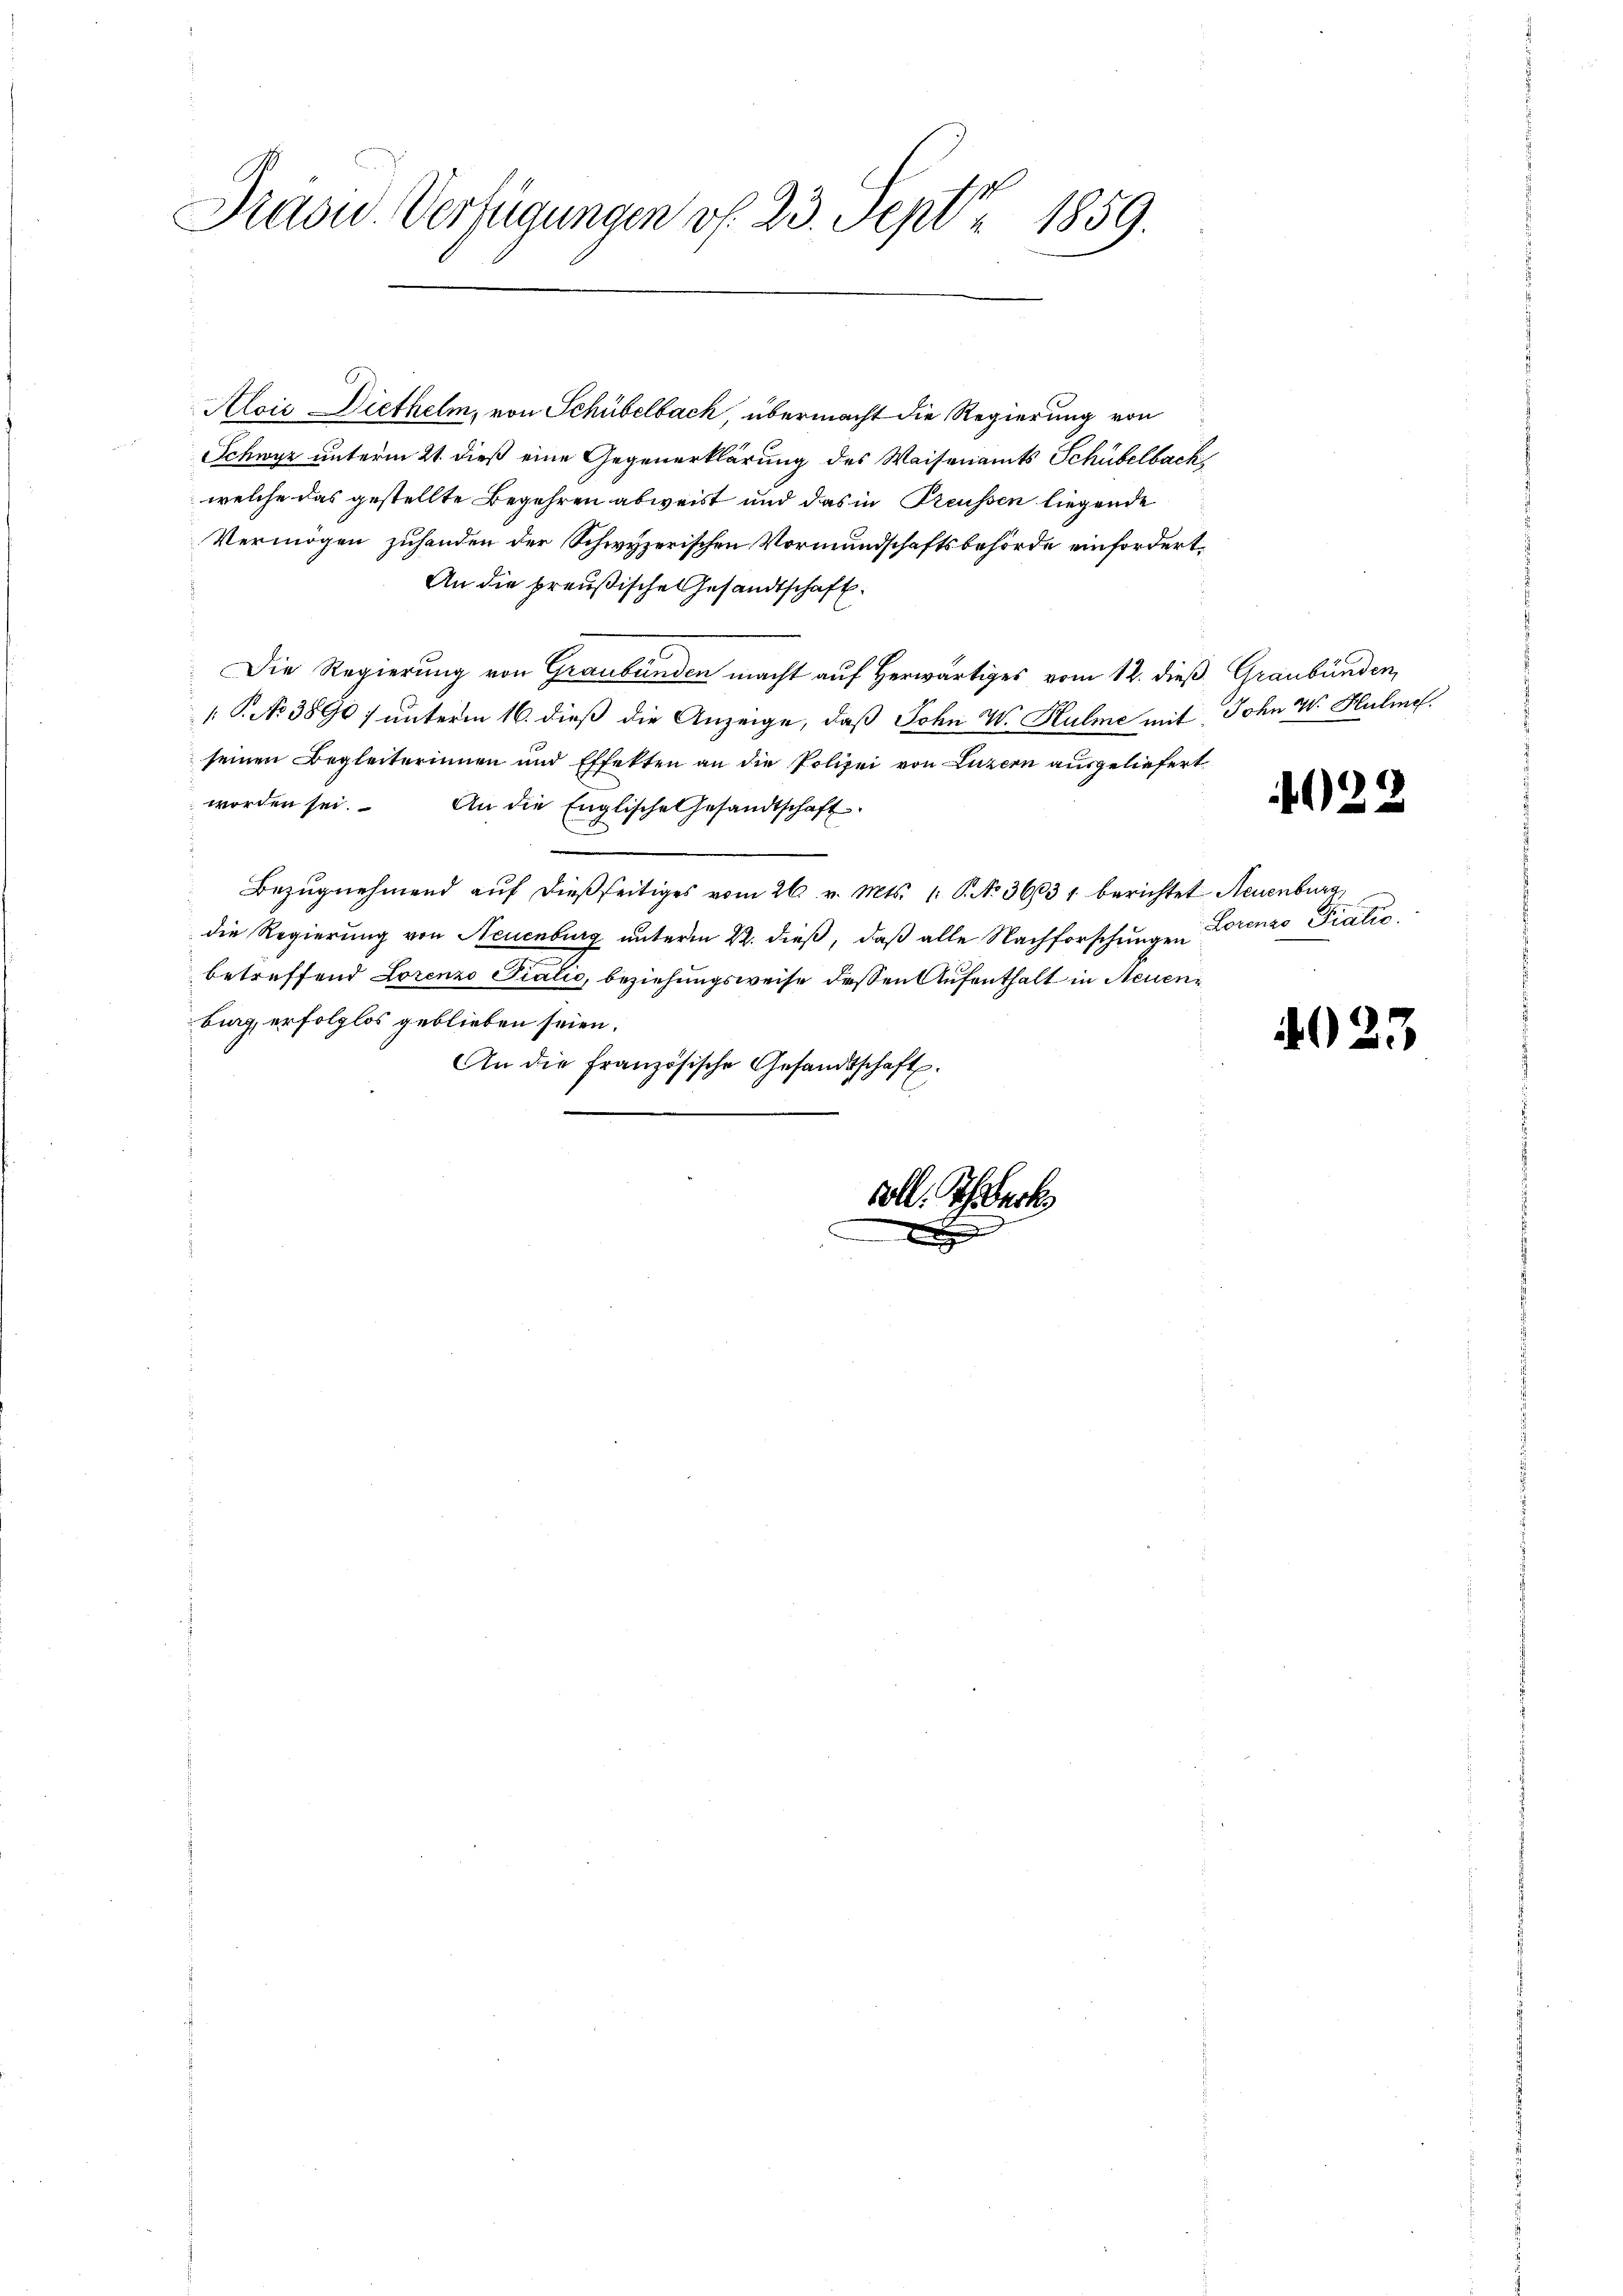
Draou. Verfügungen v. 23. Sept 1859.

Alois Diethelm, von Schübelbach, übermacht die Regierung von
Schwyz unterm 21. dieß eine Gegenerklärung des Waisenamts Schübelback
welche das gestellte Begehren abweist und das in Preussen liegende
Vermögen zuhanden der Schwyzerischen Vormundschaftsbehörde einfordert,
An die preußische Gesandtschaft.
Die Regierung von Graubünden macht auf Herwärtiges vom 12. dieß, Graubünden,
1 P. No 3890; unterm 16. dieß die Anzeige, daß John W. Hulme mit John W. Hulief.
seinen Begleiterinnen und Effekten an die Polizei von Luzern ausgeliefert
worden sei. An die Englische Gesandtschaft
Bezugnehmend auf dießseitiges vom 26. v. Mts. 1. P. No 301031 berichtet Neuenburg,
die Regierung von Neuenburg unterm 22. dieß, daß alle Nachforschungen Lorenzo Fialis,
betreffend Lorenzo Talić, beziehungsweise dessen Aufenthalt in Neuenbig, erfolglos geblieben seien.
An die französische Gesandtschaft.
coll. Ich erk

x

4022

4023